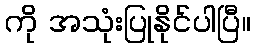
ကို အသုံးပြုနိုင်ပါပြီ။